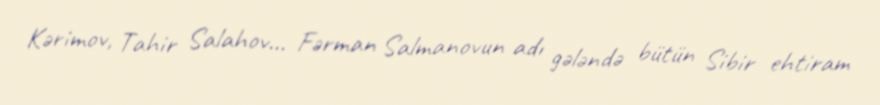
Kərimov, Tahir Salahov... Fərman Salmanovun adı gələndə bütün Sibir ehtiram